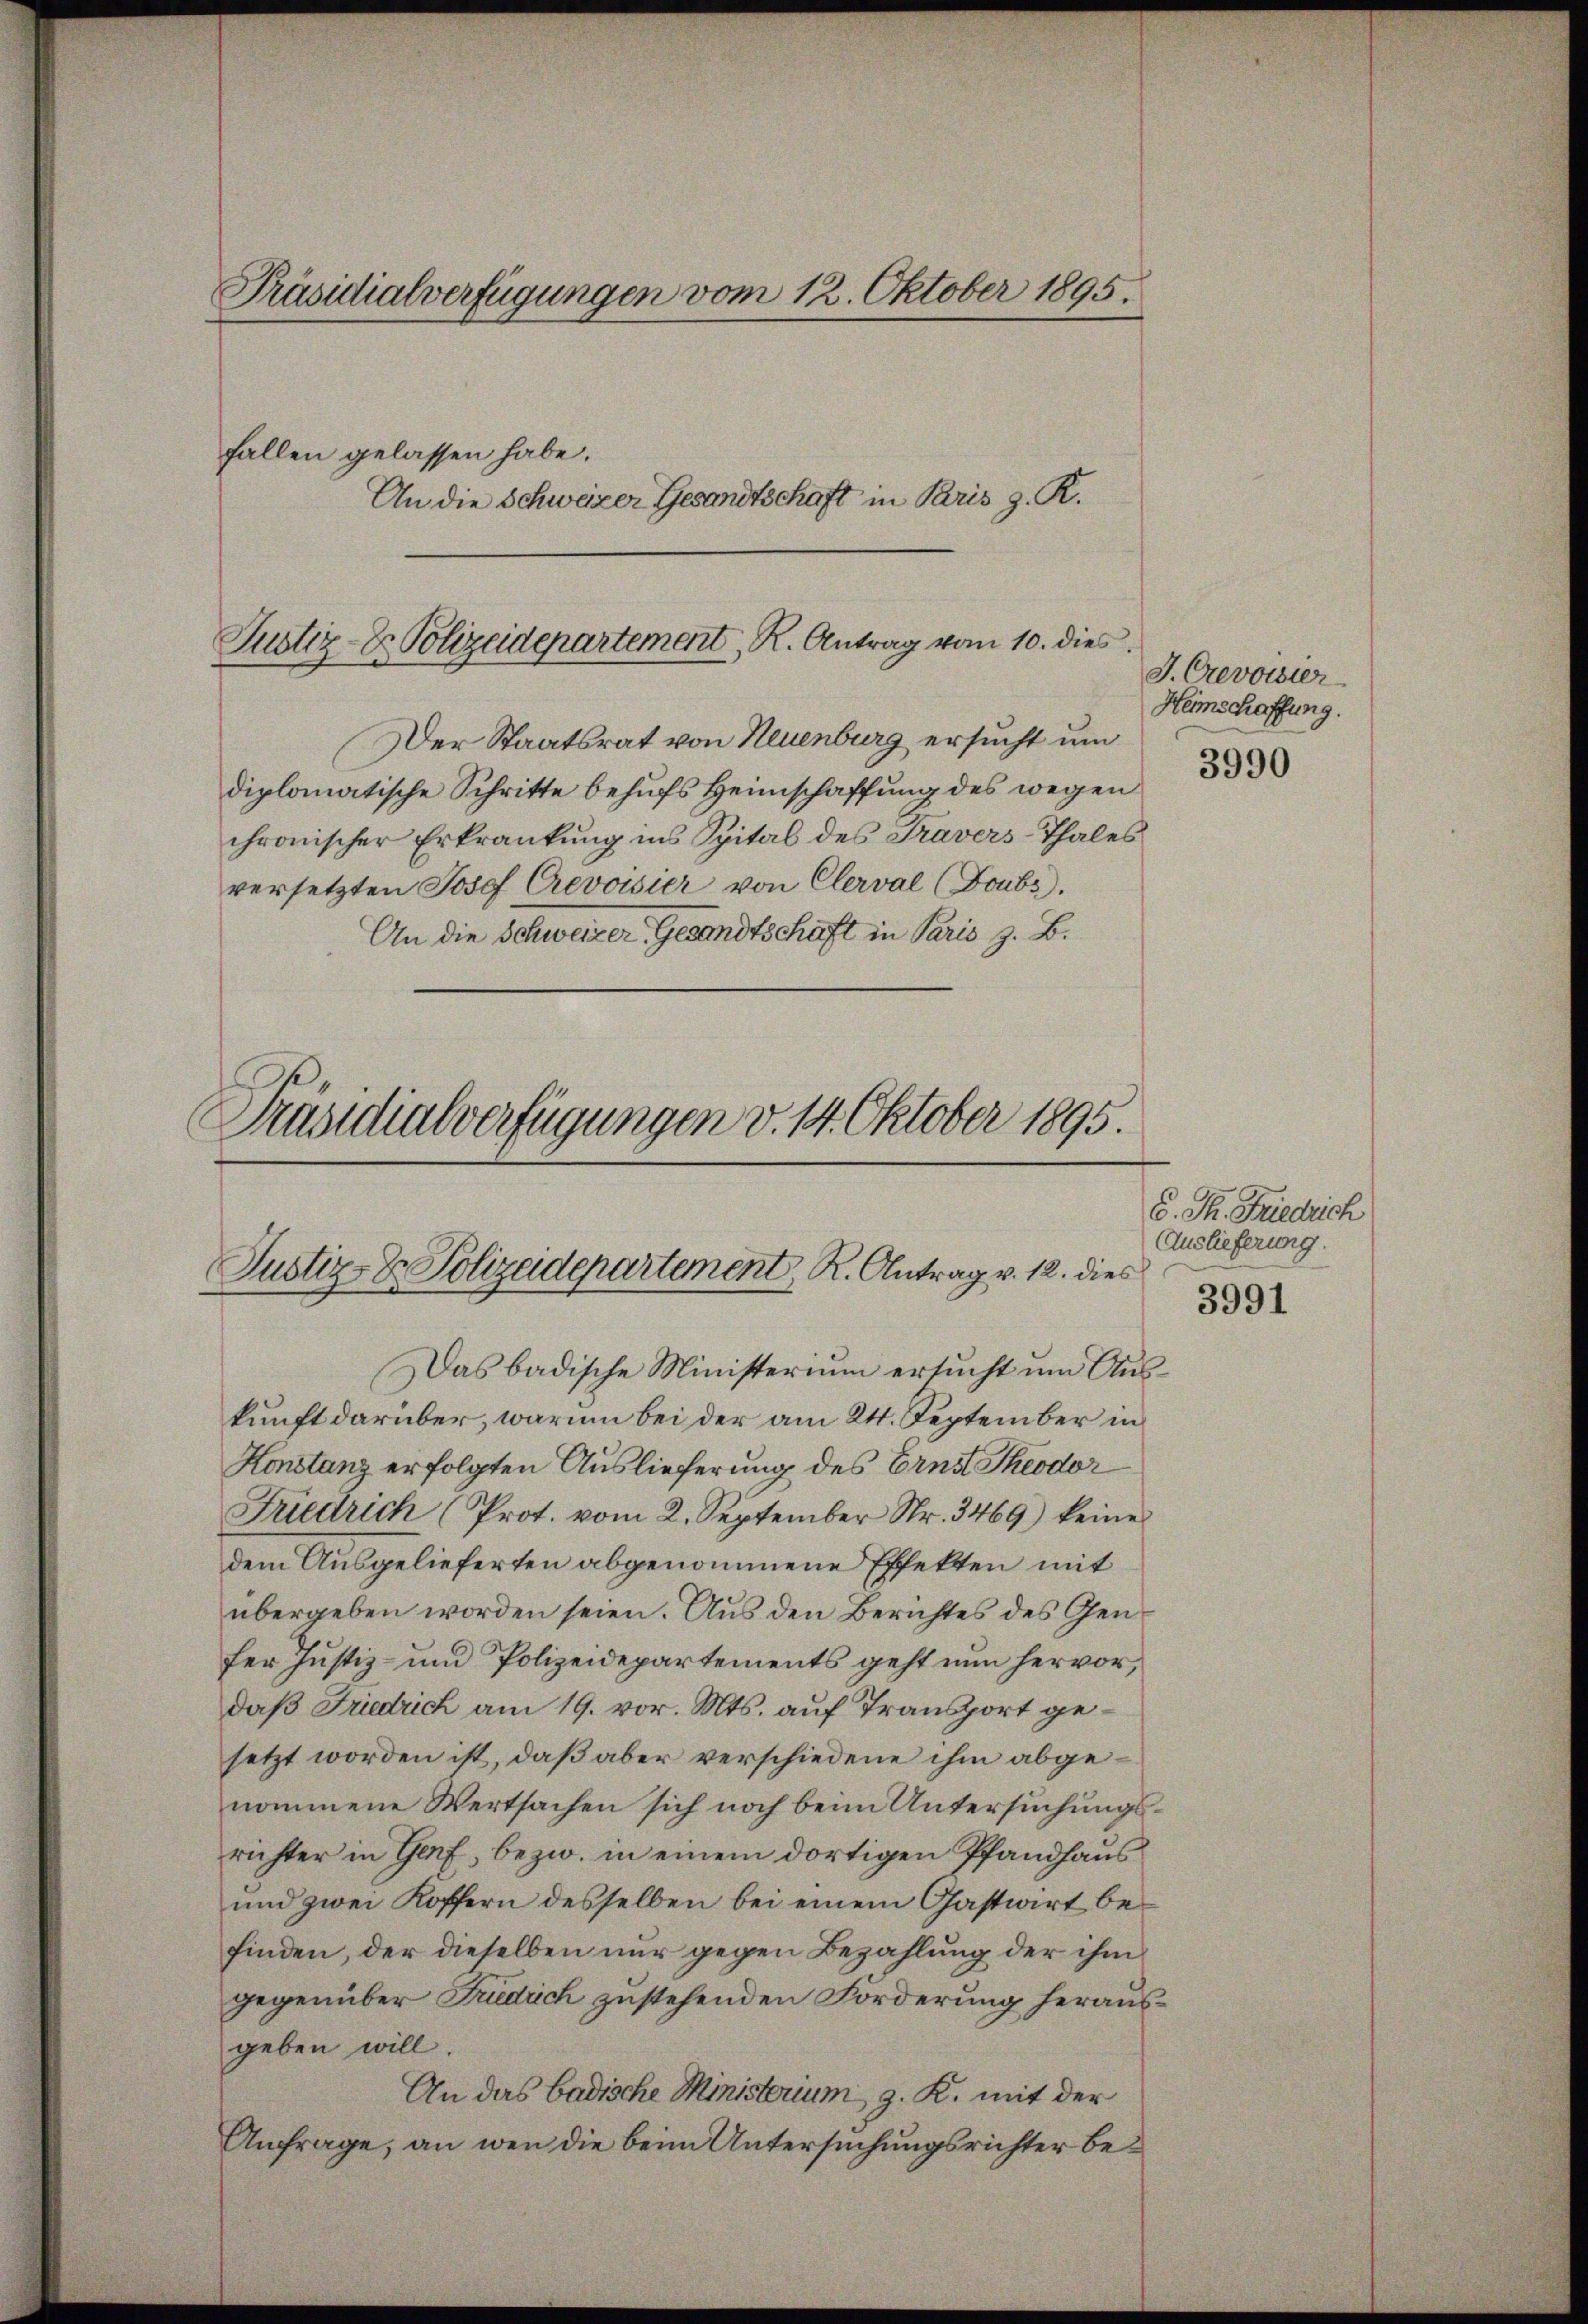
Präsidialverfügungen vom 12. Oktober 1895.

Justiz- & Polizeidepartement R. Antrag vom 10. dies

fallen gelassen habe.
An die Schweizer Gesandtschaft in Paris z. R.

Der Staatsrat von Neuenburg ersucht um
diplomatische Schritte behufs Heimschaffung des wegen
chronischer Erkrankung ins Spital des Travers-Thales
versetzten Josef Crevoisier von Clerval (Doubs).
An die Schweizer Gesandtschaft in Paris z. B.

Justiz- & Polizeidepartement, R. Antrag v. 12. dies

Präsidialverfügungen v. 14. Oktober 1895.

J. Crevorster
Heimschaffung.
3990

Das badische Ministerium ersucht und Auskunft darüber, warum bei der am 24. September in
Konstanz erfolgten Auslieferung des Ernst Theodor
Friedrich (Prot. vom 2. September Nr. 3469) keine
dem Ausgelieferten abgenommene Effekten mit
übergeben worden seien. Aus den Berichtes des Genfer Justiz- und Polizeidepartements geht nun hervor,
daß Friedrich am 19. vor. Mts. auf Transport gesetzt worden ist, daß aber verschiedene ihm abgenommene Wertsachen sich noch beim Untersuchungsrichter in Genf, bezw. in einem dortigen Pfandhaus
und zwei Koffern desselben bei einem Gastwirt befinden, der dieselben nur gegen Bezahlung der ihm
gegenüber Friedrich zustehenden Forderung herausgeben will.
An das badische Ministerium, z. K. mit der
Anfrage, an wen die beim Untersuchungsrichter be¬

d. Th. Friedrich
Auslieferung.

3991